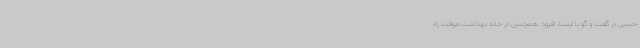
حبیبی در گفت و گو با ایسنا، افزود: همچنین در خانه بهداشت موقت راه